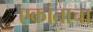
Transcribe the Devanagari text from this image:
एकांताचा